Annual report of the Central Committee of the Association together with the report of the directors of the Pasteur Institute at Kasauli
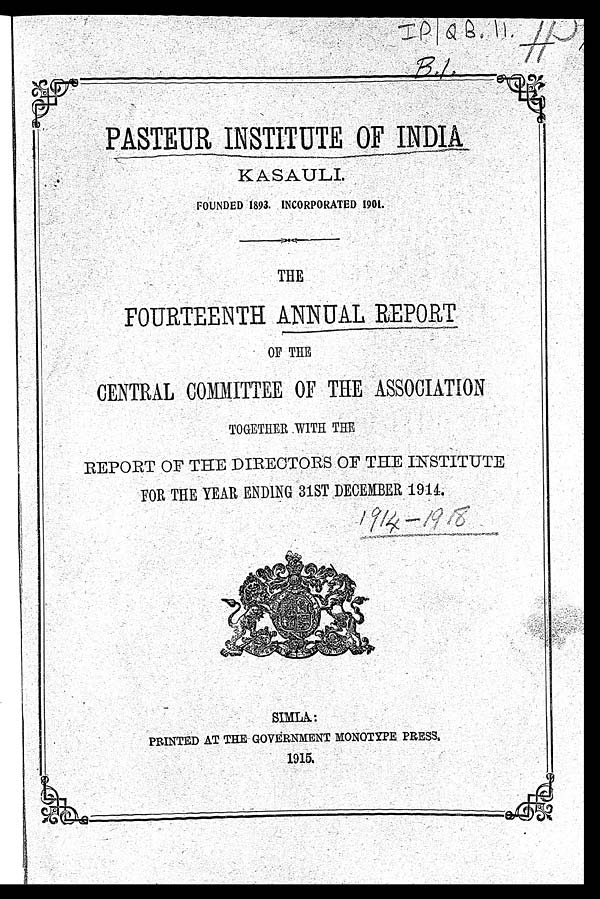
PASTEUR INSTITUTE OF INDIA
KASAULI. FOUNDED 1893. INCORPORATED 1901.
THE FOURTEENTH ANNUAL REPORT
OF THE
CENTRAL COMMITTEE OF THE ASSOCIATION
TOGETHER WITH THE
REPORT OF THE DIRECTORS OF THE INSTITUTE
FOR THE YEAR ENDING 31ST DECEMBER 1914.
1914–1918 SIMLA: PRINTED AT THE GOVERNMENT MONOTYPE PRESS.
1915.